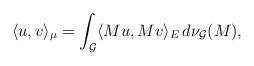
LaTeX: \begin{align*}\langle u,v\rangle_\mu=\int_{\mathcal G}\langle Mu,Mv\rangle_E \,d\nu_{\mathcal G}(M),\end{align*}